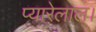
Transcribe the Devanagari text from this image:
प्यारेलाल।